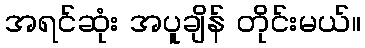
အရင်ဆုံး အပူချိန် တိုင်းမယ်။